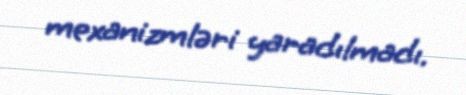
mexanizmləri yaradılmadı.